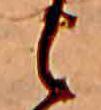
と